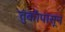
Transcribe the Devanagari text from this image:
तुर्कांपासून